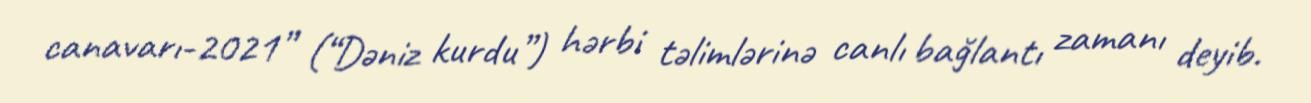
canavarı-2021” (“Dəniz kurdu”) hərbi təlimlərinə canlı bağlantı zamanı deyib.